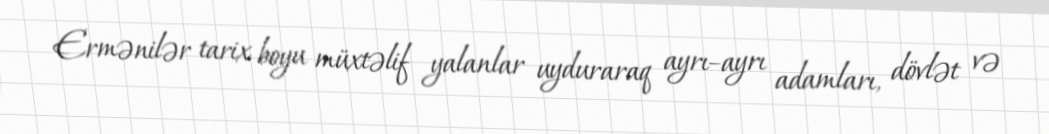
Ermənilər tarix boyu müxtəlif yalanlar uyduraraq ayrı–ayrı adamları, dövlət və